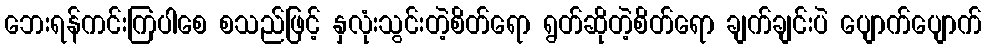
ဘေးရန်ကင်းကြပါစေ စသည်ဖြင့် နှလုံးသွင်းတဲ့စိတ်ရော ရွတ်ဆိုတဲ့စိတ်ရော ချက်ချင်းပဲ ပျောက်ပျောက်